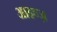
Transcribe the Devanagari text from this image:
आइव्ज़